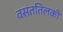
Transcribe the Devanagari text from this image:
वसंततिलकी